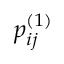
p _ { i j } ^ { ( 1 ) }